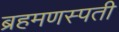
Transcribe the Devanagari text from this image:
ब्रहमणस्पती